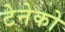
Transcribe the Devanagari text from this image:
टेनेको